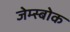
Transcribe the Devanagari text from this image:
जेम्स्बोक